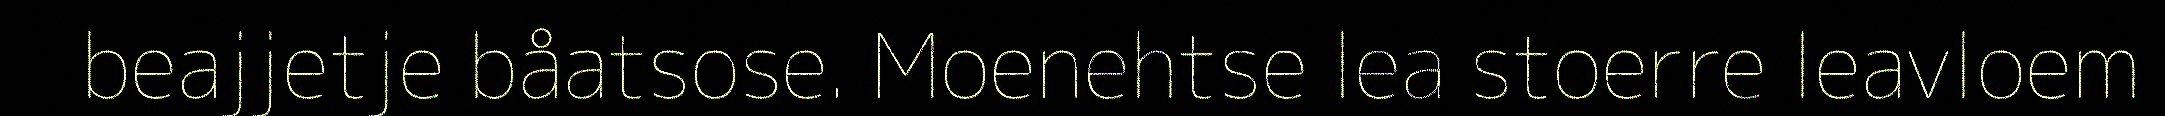
beajjetje båatsose. Moenehtse lea stoerre leavloem